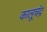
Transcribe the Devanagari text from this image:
कालूचंद्र